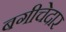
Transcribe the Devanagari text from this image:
बगीचेदार